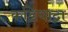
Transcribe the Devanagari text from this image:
कडियाद्रा